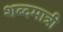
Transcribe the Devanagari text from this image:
शब्दमात्री